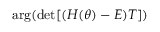
\arg ( \operatorname* { d e t } [ ( H ( \theta ) - E ) T ] )